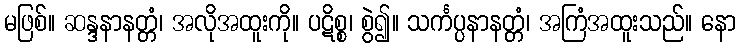
မဖြစ်။ ဆန္ဒနာနတ္တံ၊ အလိုအထူးကို။ ပဋိစ္စ၊ စွဲ၍။ သင်္ကပ္ပနာနတ္တံ၊ အကြံအထူးသည်။ နော